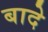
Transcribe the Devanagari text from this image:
बादे